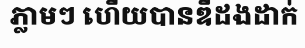
ភ្លាមៗ ហើយបានឌឺដងដាក់